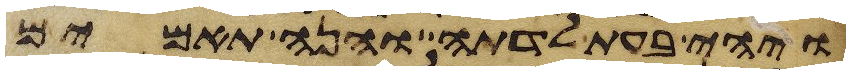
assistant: ויהי בעת לדתה והנה תאמים